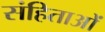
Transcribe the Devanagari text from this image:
संहिताआें